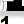
Digit: 1